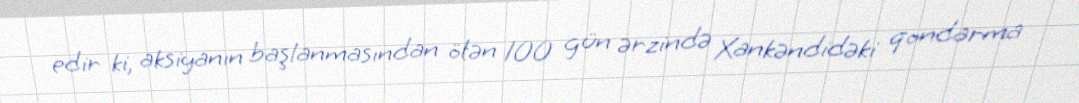
edir ki, aksiyanın başlanmasından ötən 100 gün ərzində Xankəndidəki qondarma